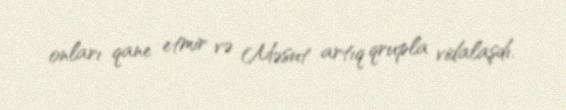
onları qane etmir və Məsut artıq qrupla vidalaşdı.